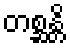
တစ္ဆန္တိ